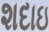
શદાઇ